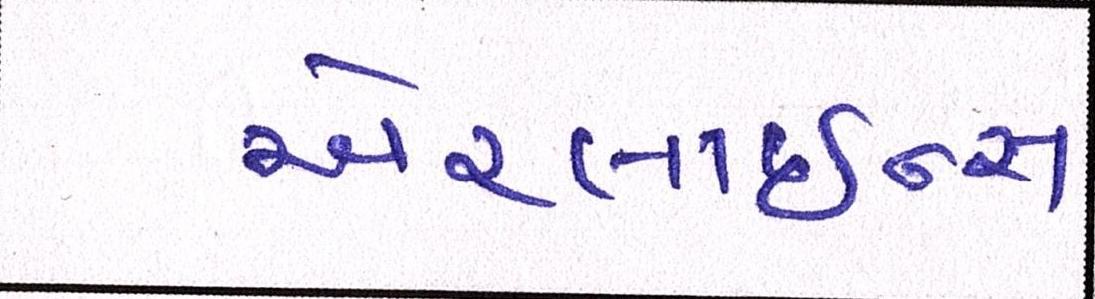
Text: એરલાઇન્સ